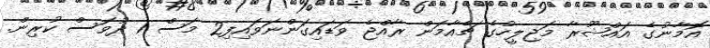
އޮމާނުގެ އައްޝޫރާ މަޖިލީހުގެ ޗެއާމަން ރާއްޖެ ވަޑައިގަންނަވައިފި2 މަސް 1 ދުވަސް ކުރިން.